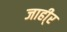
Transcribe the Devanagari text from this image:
जाही्र